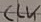
Text: CLK